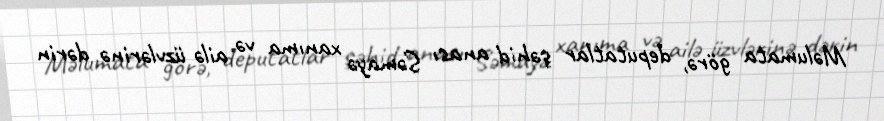
Məlumata görə, deputatlar şəhid anası Səmayə xanıma və ailə üzvlərinə dərin